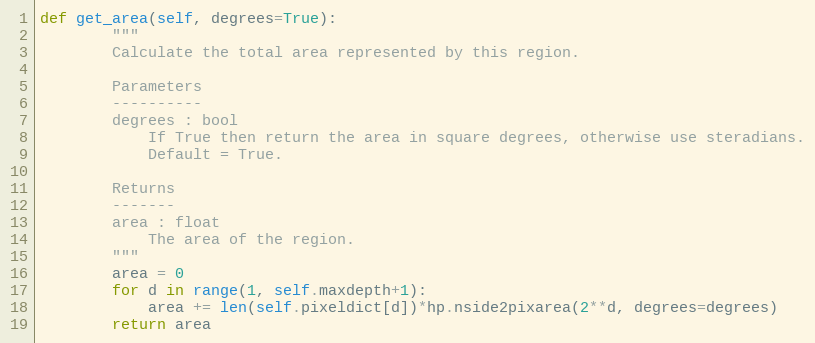
Language: Python
def get_area(self, degrees=True):
        """
        Calculate the total area represented by this region.

        Parameters
        ----------
        degrees : bool
            If True then return the area in square degrees, otherwise use steradians.
            Default = True.

        Returns
        -------
        area : float
            The area of the region.
        """
        area = 0
        for d in range(1, self.maxdepth+1):
            area += len(self.pixeldict[d])*hp.nside2pixarea(2**d, degrees=degrees)
        return area